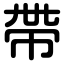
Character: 帶